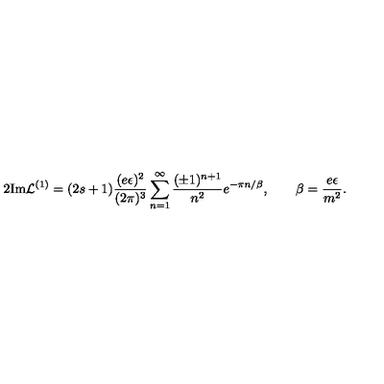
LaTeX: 2 \mathrm { I m } { \cal L } ^ { ( 1 ) } = ( 2 s + 1 ) \frac { ( e \epsilon ) ^ { 2 } } { ( 2 \pi ) ^ { 3 } } \sum _ { n = 1 } ^ { \infty } \frac { ( \pm 1 ) ^ { n + 1 } } { n ^ { 2 } } e ^ { - \pi n / \beta } , \qquad \beta = \frac { e \epsilon } { m ^ { 2 } } .